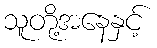
သူတို့အနေနှင့်